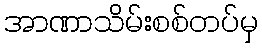
အာဏာသိမ်းစစ်တပ်မှ